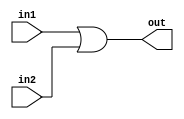
`timescale 1ns / 1ns
//////////////////////////////////////////////////////////////////////////////////
// Company: 
// Engineer: 
// 
// Design Name: 
// Module Name:    OR_T 
// Project Name: 
// Target Devices: 
// Tool versions: 
// Description: 
//
// Dependencies: 
//
// Revision: 
// Revision 0.01 - File Created
// Additional Comments: 
//
//////////////////////////////////////////////////////////////////////////////////
`define	D		0	// definition of the delay

// Delayed OR gate

module OR_T(out, in1, in2);

input in1, in2;
output out;

or		#`D		or1 (out, in1, in2);


endmodule